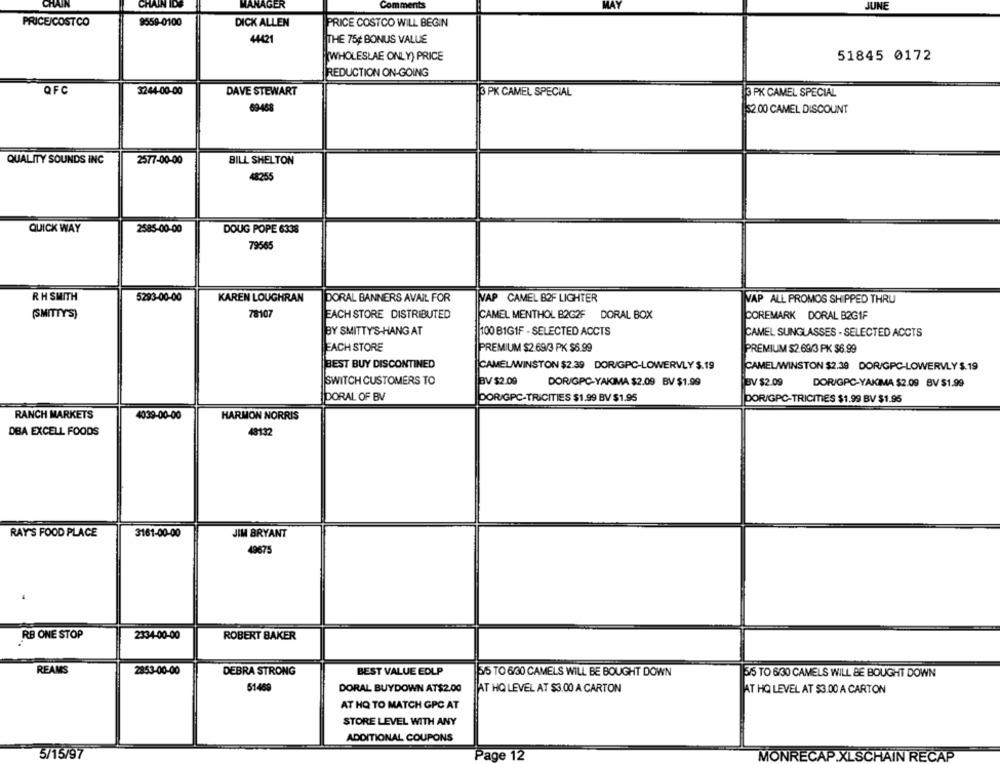
CHAIN
CHAIN IDS
MANAGER
Comments
MAY
JUNE
PRICE/COSTCO
9559-0100
DICK ALLEN
PRICE COSTCO WILL BEGIN
44421
THE 75¢ BONUS VALUE
(WHOLESLAE ONLY) PRICE
51845 0172
REDUCTION ON-GOING
QFC
3244-00-00
3 PK CAMEL SPECIAL
DAVE STEWART
3 PK CAMEL SPECIAL
69468
IS2.00 CAMEL DISCOUNT
QUALITY SOUNDS INC
2577-00-00
BILL SHELTON
48255
QUICK WAY
2585-00-00
DOUG POPE 6338
79565
RH SMITH
5293-00-00
KAREN LOUGHRAN
DORAL BANNERS AVAIL FOR
VAP CAMEL B2F LIGHTER
VAP ALL PROMOS SHIPPED THRU
78107
(SMITTY'S)
EACH STORE DISTRIBUTED
CAMEL MENTHOL B2G2F DORAL BOX
COREMARK DORAL B2GIF
BY SMITTY'S-HANG AT
100 BIGIF - SELECTED ACCTS
CAMEL SUNGLASSES - SELECTED ACCTS
EACH STORE
PREMIUM $2.69/3 PK $6.99
PREMIUM $2.69/3 PK $6.99
BEST BUY DISCONTINED
CAMELWINSTON $2.39 DOR/GPC-LOWERVLY $.19
CAMEL/WINSTON $2.39 DOR/GPC-LOWERVLY S.19
SWITCH CUSTOMERS TO
BV $2.09
DOR/GPC-YAKIMA $2.09 BV $1.99
BV $2.09
DOR/GPC-YAKIMA $2.09 BV $1.99
DORAL OF BV
DOR/GPC-TRICITIES $1.99 BV $1.95
DOR/GPC-TRICITIES $1.99 BV $1.95
RANCH MARKETS
4039-00-00
HARMON NORRIS
DBA EXCELL FOODS
48132
RAY'S FOOD PLACE
3161-00-00
JIM BRYANT
49675
RB ONE STOP
2334-00-00
ROBERT BAKER
REAMS
2853-00-00
DEBRA STRONG
BEST VALUE EDLP
3/5 TO 6/30 CAMELS WILL BE BOUGHT DOWN
35 TO 6/30 CAMELS WILL BE BOUGHT DOWN
DORAL BUYDOWN AT$2.00
51469
AT HQ LEVEL AT $3.00 A CARTON
AT HO LEVEL AT $3.00 A CARTON
AT HQ TO MATCH GPC AT
STORE LEVEL WITH ANY
ADDITIONAL COUPONS
5/15/97
MONRE
AP.XLSCHAIN RECAP
Page 12